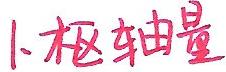
1. 枢轴量